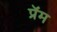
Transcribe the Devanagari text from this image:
प्रॅम